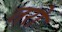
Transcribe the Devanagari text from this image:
तरो